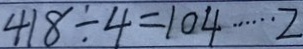
4 1 8 \div 4 = 1 0 4 \cdots 2